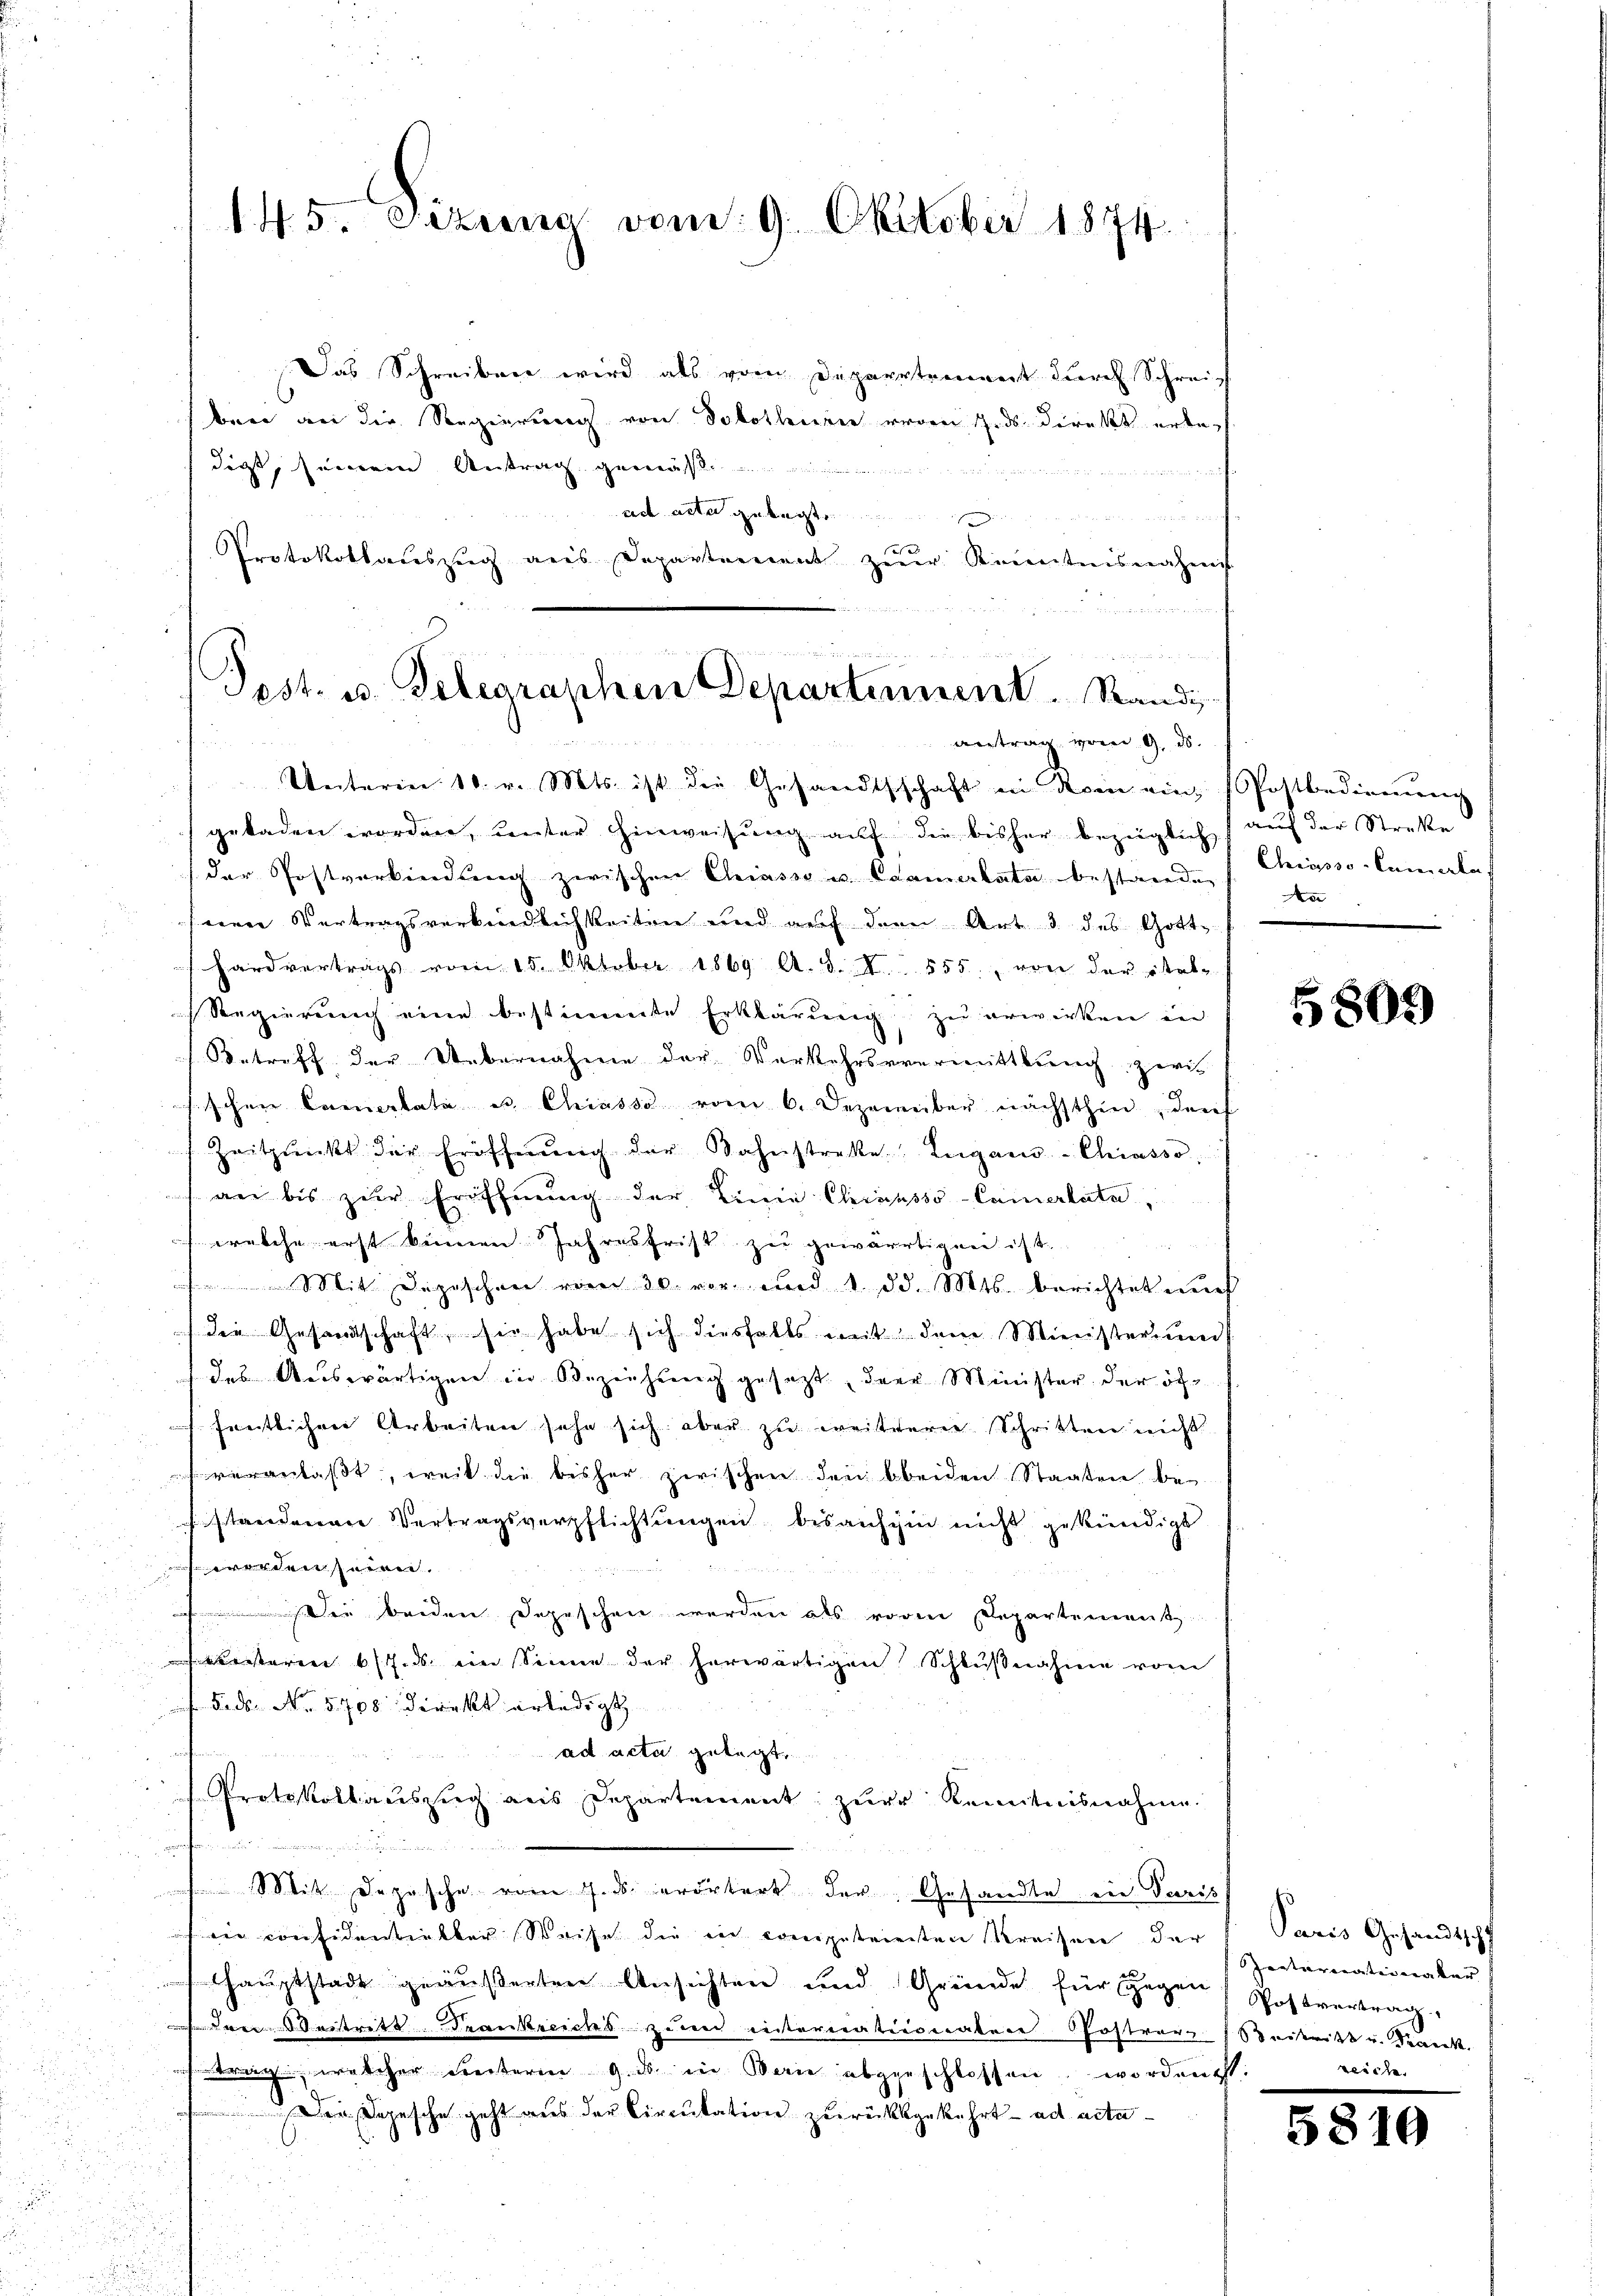
14. 5. Sizung vom 9. Oktober 1874.

weder einen in Leitung
Post. u. Telegraphen Departennent. Kandi
ertrag vom 9. ds.

Das Schreiben wird als vom Departement durch Schrei
bare an die Regierung von Solothuren wegen 7. ds direkt erbedigt, seinem Antrag gemäs
ad acta gelegt.
1
Protokollauszug aus Departement zur Kenntnisnahms

Unteren 10. v. Mts. ist die Gesandtschaft in Dein ein
geladen worden, ŭnter Hinweisŭng aŭf die bisher bezeiglich
der Postverbindung zwischen Chiasso u. Camertate bestanden
nen Vertragsverkindlichkeiten und auf den Art 3 des Gott-
hardvertrags vom 15. Oktober 1869. A. S. S. 555. von der ital-
Regierung eine bestimmte Erklärung zu erwirken in
Betreff der Uebernahme der Verkehrsvermittlung zwis
sischen Camertate es. Chiasso vom 6. Dezember nächsthin, durch
Zeitpunkt der Eröffnŭng der Wahnstreke Lugano-Chiasso
an bis zur Eröffnung der Linie Chirousso-Camerlata,
welche erst binnen Jahresfrist zu gewärtigen ist.

 Mit Depeschen vom 30. vor und 1. d. Mts. berichtet wen
 die Gesandtschaft, sie habe sich diesfalls mit dem Ministerium
des Auswärtigen in Beziehung gesezt, der Minister der öffentlichen Arbeiten sehe sich aber zu weiterer Schritten nicht
veranlaßt, weil die bisher zwischen den beiden Staaten bestanderen Vertragsverpflichtungen, bis aufhin nicht gekündigt
werdenseren.
Die beiden Depeschen werden als voren Departement
eteren 7. ds. ein Sinne der herwärtigen Schlŭβnahme vom
F.ds. No. 5708 Direkt erledigt
ad acta gelegt,
Protokollauszug aus Departement zŭr Kenntnisnahme.

Mit Deposche vom 7. ds. erörtert der Gesandte ein Paris
in considentieller Weise die ein competrierten Kreisen der
Hauptstadt geäußerten Ansichten und Gründe für gegen
de Weitritt Frankreichs zum internationaten Postverzeitritt v. Sank.
trag, welcher Seiterm 9. ds in Bau abgeschlossen, worden ist:
Die Depesche geht aus der Circulation zurückgekehrt ad acta¬

Postbedienung
auf der Streke
Chiasso-Cannden
Aar

5809)

Paris Gesandtschf
Ioatariationatur
Postvertrag
werte

5810